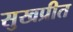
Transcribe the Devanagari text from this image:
सुखप्रीत